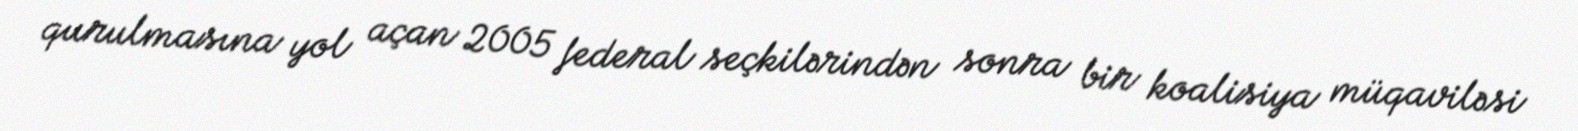
qurulmasına yol açan 2005 federal seçkilərindən sonra bir koalisiya müqaviləsi